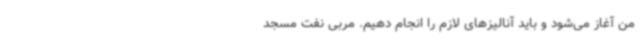
من آغاز می‌شود و باید آنالیزهای لازم را انجام دهیم. مربی نفت مسجد